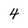
Character: 4